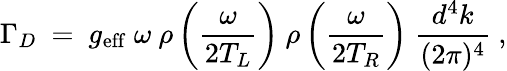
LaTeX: \Gamma_{D}~=~g_{\mathrm{eff}}~\omega~\rho\left(\frac{\omega}{2T_{L}}\right)~\rho\left(\frac{\omega}{2T_{R}}\right)~\frac{d^{4}k}{(2\pi)^{4}}~,